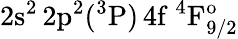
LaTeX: \mathrm{2s^{2}\, 2p^{2}(^{3}P)\, 4f~^{4}F_{9/2}^{o}}